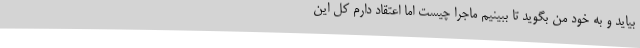
بیاید و به خود من بگوید تا ببینیم ماجرا چیست اما اعتقاد دارم کل این